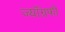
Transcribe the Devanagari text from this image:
ज्यॉग्रफी